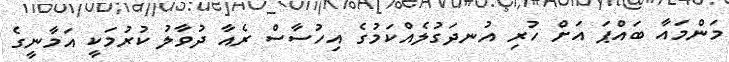
މަންމައާ ބައްޕަ އަށް ހުރި އުނދަގުލެއްކަމުގެ އިހުސާސް ރެއާ ދުވާލު ކުރުމަކީ އަމާނީގެ